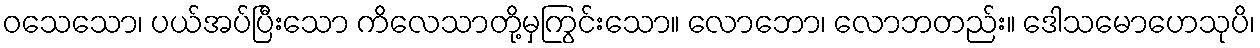
ဝသေသော၊ ပယ်အပ်ပြီးသော ကိလေသာတို့မှကြွင်းသော။ လောဘော၊ လောဘတည်း။ ဒေါသမောဟေသုပိ၊